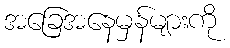
အခြေအနေမှန်များကို